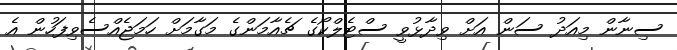
ސިނާން މިއަދު ސަން އަށް ވިދާޅުވީ ސްޓެލްކޯގެ ޗެއާމަންގެ މަގާމަށް ހަމަޖެއްސެވިފަހުން އެ